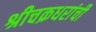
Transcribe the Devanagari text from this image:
श्रीचक्रधरांची